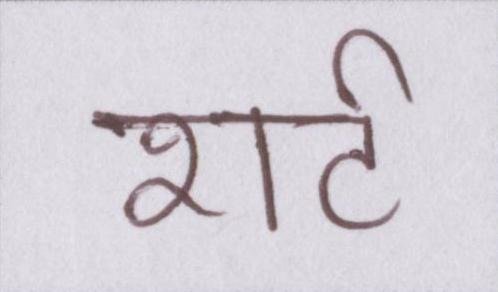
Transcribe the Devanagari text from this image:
शर्ट